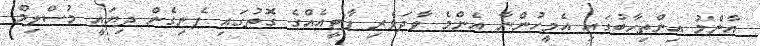
އާންމު އިންތިހާބުގައި އެމީހުންނާ އެންމެ ވާދަވެރި ޕާޓީއެއްގެ ގޮތުގައި ފެނިގެން ދިޔައީ މުސްލިމް